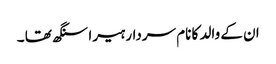
ان کے والد کا نام سردار ہیرا سنگھ تھا ۔